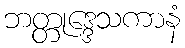
ဘတ္တုဒ္ဒေသကာနံ